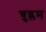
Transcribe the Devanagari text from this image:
चुग्लम